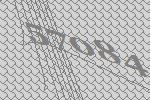
57084